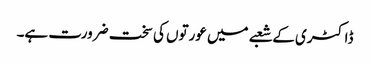
ڈاکٹری کے شعبے میں عورتوں کی سخت ضرورت ہے۔